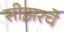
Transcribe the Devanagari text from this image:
सीझरचे